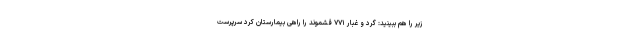
زیر را هم ببینید: گرد و غبار ۷۷۱ قشموند را راهی بیمارستان کرد سرپرست